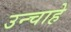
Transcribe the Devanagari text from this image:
उन्चाहे